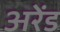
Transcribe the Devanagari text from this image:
अरेंड